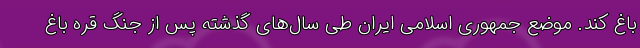
باغ کند. موضع جمهوری اسلامی ایران طی سال‌های گذشته پس از جنگ قره باغ